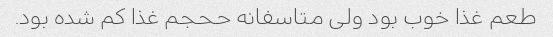
طعم غذا خوب بود ولی متاسفانه ححجم غذا کم شده بود.